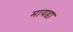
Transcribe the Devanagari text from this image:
मायडा